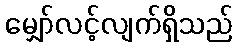
မျှော်လင့်လျက်ရှိသည်